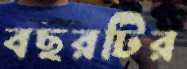
বছরটির